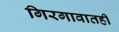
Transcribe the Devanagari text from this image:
गिरगावातही